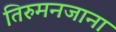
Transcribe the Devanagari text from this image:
तिरुमनजाना